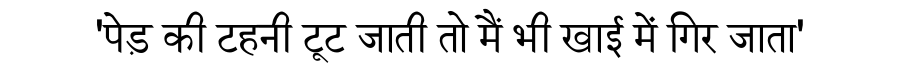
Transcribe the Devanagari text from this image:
'पेड़ की टहनी टूट जाती तो मैं भी खाई में गिर जाता'